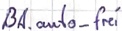
Text: BA.auto_frei